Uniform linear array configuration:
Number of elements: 24
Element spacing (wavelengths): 0.75
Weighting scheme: exponential
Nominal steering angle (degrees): -30
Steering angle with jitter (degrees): -29.879
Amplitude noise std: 0.05
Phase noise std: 0.05

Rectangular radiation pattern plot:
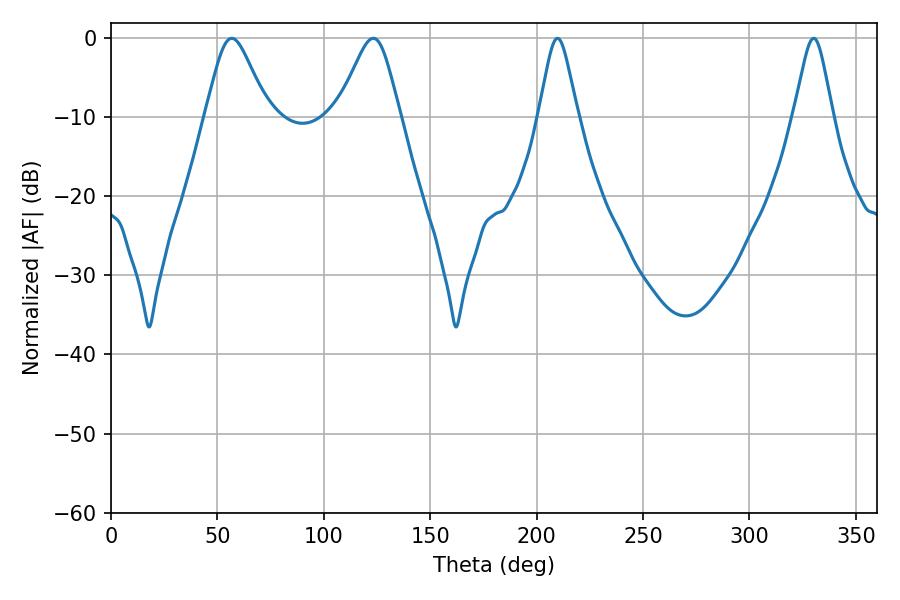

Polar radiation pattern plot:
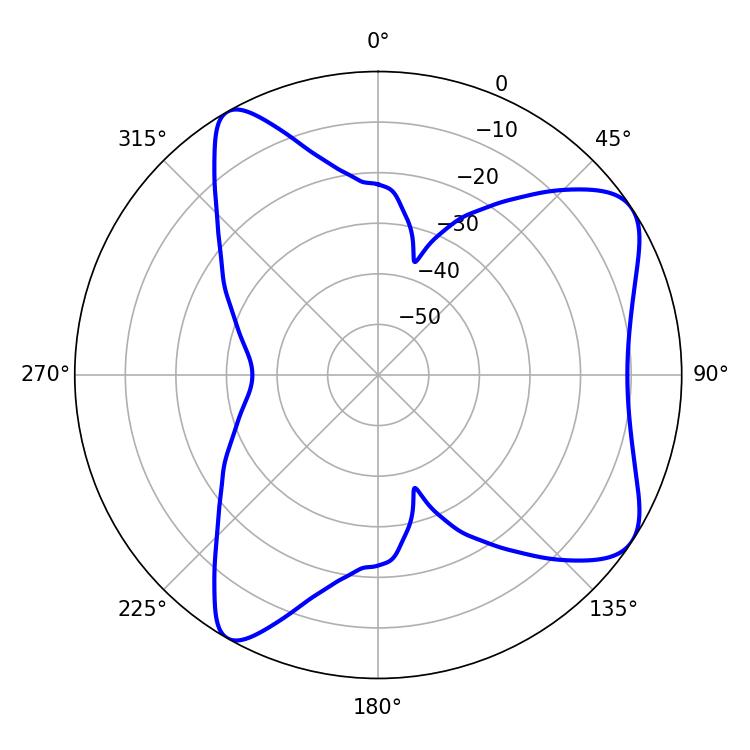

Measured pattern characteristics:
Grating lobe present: TRUE
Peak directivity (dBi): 7.545
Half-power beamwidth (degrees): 14.22
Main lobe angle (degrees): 56.7